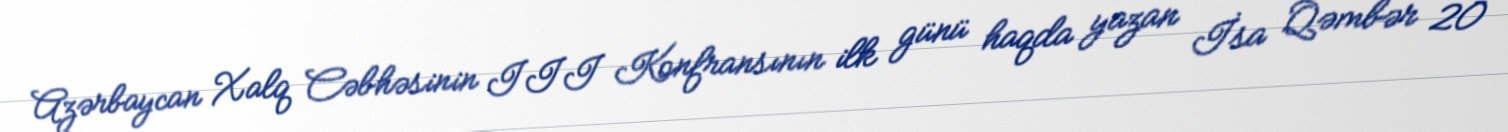
Azərbaycan Xalq Cəbhəsinin III Konfransının ilk günü haqda yazan İsa Qəmbər 20